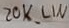
Text: 20K_LIN